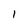
Character: I